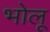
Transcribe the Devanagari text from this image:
भोलू